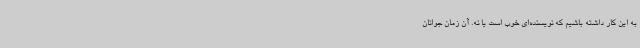
به این کار داشته باشیم که نویسنده‌ای خوب است یا نه. آن زمان جوانان